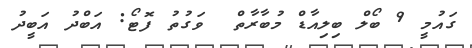
ގައުމީ 9 ބޯލް ބިލިއާޑް މުބާރާތް  ވަގުތު ފޮޓޯ: އަބްދު އަބީދު